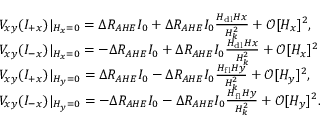
\begin{array} { r l } & { V _ { x y } ( I _ { + x } ) \lvert { _ { H _ { x } = 0 } } = \Delta R _ { A H E } I _ { 0 } + \Delta R _ { A H E } I _ { 0 } \frac { H _ { \mathrm { d l } } H x } { H _ { k } ^ { 2 } } + \mathcal { O } [ H _ { x } ] ^ { 2 } , } \\ & { V _ { x y } ( I _ { - x } ) \lvert { _ { H _ { x } = 0 } } = - \Delta R _ { A H E } I _ { 0 } + \Delta R _ { A H E } I _ { 0 } \frac { H _ { \mathrm { d l } } H x } { H _ { k } ^ { 2 } } + \mathcal { O } [ H _ { x } ] ^ { 2 } } \\ & { V _ { x y } ( I _ { + x } ) \lvert { _ { H _ { y } = 0 } } = \Delta R _ { A H E } I _ { 0 } - \Delta R _ { A H E } I _ { 0 } \frac { H _ { \mathrm { f l } } H y } { H _ { k } ^ { 2 } } + \mathcal { O } [ H _ { y } ] ^ { 2 } , } \\ & { V _ { x y } ( I _ { - x } ) \lvert { _ { H _ { y } = 0 } } = - \Delta R _ { A H E } I _ { 0 } - \Delta R _ { A H E } I _ { 0 } \frac { H _ { \mathrm { f l } } H y } { H _ { k } ^ { 2 } } + \mathcal { O } [ H _ { y } ] ^ { 2 } . } \end{array}